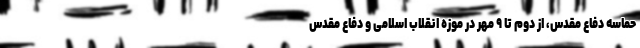
حماسه دفاع مقدس، از دوم تا ۹ مهر در موزه انقلاب اسلامی و دفاع مقدس